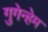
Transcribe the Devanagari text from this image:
गुगेन्हेम